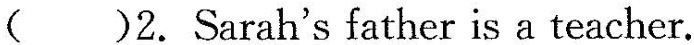
( )2.Sarah's father is a teacher.